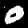
Digit: 0